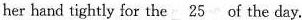
herhand tightly for the \underline{25} of the day.